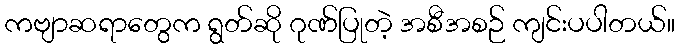
ကဗျာဆရာတွေက ရွတ်ဆို ဂုဏ်ပြုတဲ့ အစီအစဉ် ကျင်းပပါတယ်။